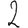
Digit: 2